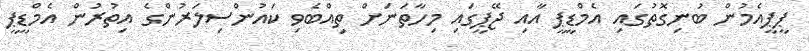
ޕީޕީއެމުން ބުނިގޮތުގައި އެމްޑީޕީ އާއި ޖޭޕީގައި މިހާތަނަށް ތިއްބެވި ކައުންސިލަރުންގެ އިތުރުން އެމްޑީޕީ